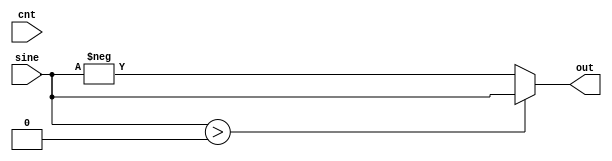
module GenFullWaveRectified #(parameter [7:0] HALF = 8'd128)
                       (sine, out, cnt);

    input signed [7:0] sine;
    input [7:0] cnt;
    output reg [7:0] out;

    always @(sine or cnt) begin
        if (sine > 0) out = sine;
        else out = -sine;
    end

endmodule